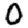
Digit: 0